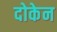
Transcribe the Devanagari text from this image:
दोकेन